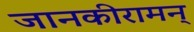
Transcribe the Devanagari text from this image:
जानकीरामन्